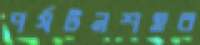
পর্যটনশহর